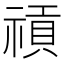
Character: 𥛌